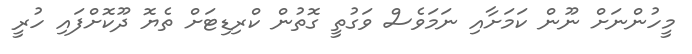
މީހުންނަށް ނޫން ކަމަށާއި ނަމަވެސް ވަގުތީ ގޮތުން ކްރިޑިޓަށް ތެޔޮ ދޫކޮށްފައި ހުރީ